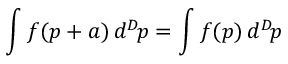
\int f ( p + a ) \, d ^ { D } \! p = \int f ( p ) \, d ^ { D } \! p